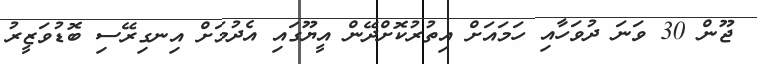
ޖޫން 30 ވަނަ ދުވަހާއި ހަމައަށް އިތުރުކޮށްދޭން އީޔޫގައި އެދުމަށް އިނގިރޭސި ބޮޑުވަޒީރު